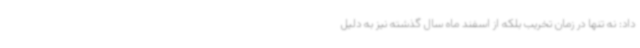
داد: نه تنها در زمان تخریب بلکه از اسفند ماه سال گذشته نیز به دلیل